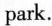
park.